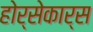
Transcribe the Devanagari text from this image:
होर्सेकार्स